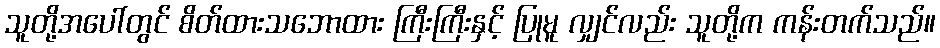
သူတို့အပေါ်တွင် စိတ်ထားသဘောထား ကြီးကြီးနှင့် ပြုမူ လျှင်လည်း သူတို့က ကန်းတက်သည်။